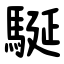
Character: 駳